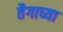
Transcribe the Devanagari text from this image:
तैगाच्या